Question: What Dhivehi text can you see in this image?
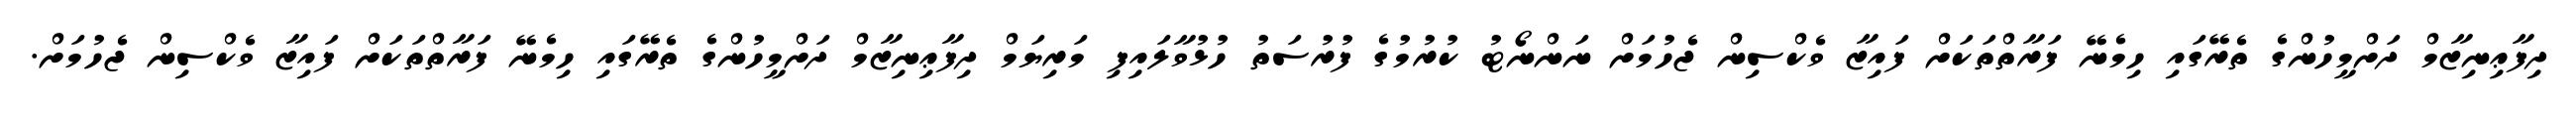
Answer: ދިފާޢިނިޒާމް ދަށްމީހުންގެ ތެރޭގައި ހިމެނޭ ފަރާތްތަކަށް ފައިޒާ ވެކްސިން ޖެހުމަށް ނަންނޯޓު ކުރުމުގެ ފުރުސަތު ހުޅުވާލައިފި މަރިޔަމް ދިފާޢިނިޒާމް ދަށްމީހުންގެ ތެރޭގައި ހިމެނޭ ފަރާތްތަކަށް ފައިޒާ ވެކްސިން ޖެހުމަށް.